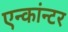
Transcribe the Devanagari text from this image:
एन्कांन्टर